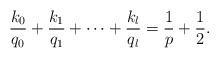
LaTeX: \begin{align*}\frac{k_0}{q_0}+\frac{k_1}{q_1}+ \dots +\frac{k_l}{q_l}=\frac{1}{p}+\frac{1}{2}.\end{align*}